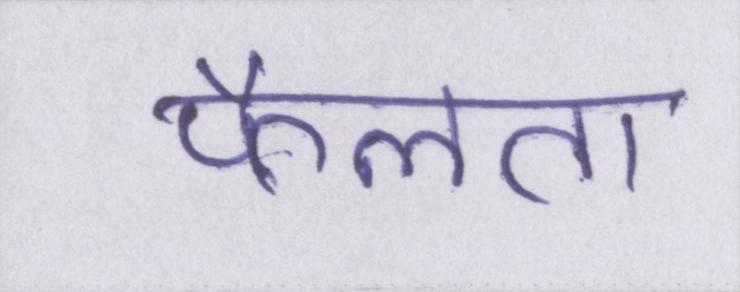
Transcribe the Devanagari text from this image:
फैलता